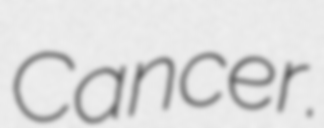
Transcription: Cancer.